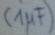
Text: (1µF)